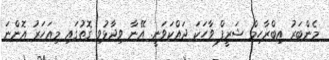
މެންބަރު އިބްރާހިމް ޝަރީފް ވާހަކަ ދައްކަވަނީ. އޭނާ ވިދާޅުވި ގޮތުގައި މިއަހަރު އޮންނަ